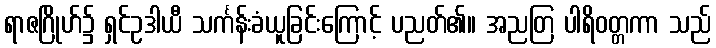
ရာဇဂြိုဟ်၌ ရှင်ဥဒါယီ သင်္ကန်းခံယူခြင်းကြောင့် ပညတ်၏။ အညတြ ပါရိဝတ္တကာ သည်